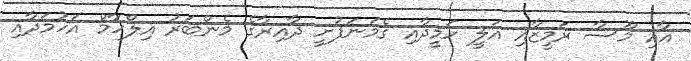
އާއި މޫސާ ރަމީޒާއި އަލީ ހަމީދާއި ގެމަނަފުށީ ދާއިރާގެ މެންބަރު އިލްހާމް އަހުމަދާއި